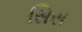
સિસ